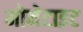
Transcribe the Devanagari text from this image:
मोनेटाइट